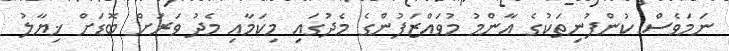
ނަމަވެސް ކުންފުނިތަކުގެ އާންމު މުވައްޒަފުންގެ މެދުގައި މިކަމާއި މެދު ވަރަށް ބޮޑަށް ޚިޔާލު